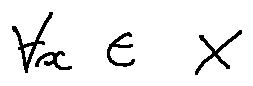
\forall x \in X